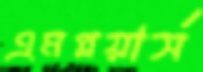
এমপ্লয়ার্স